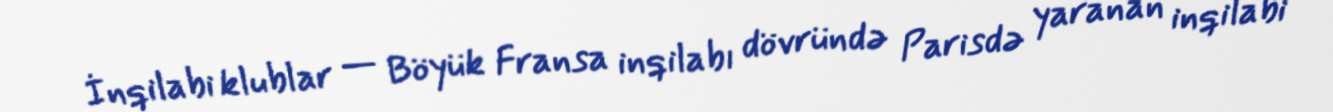
İnqilabi klublar — Böyük Fransa inqilabı dövründə Parisdə yaranan inqilabi